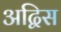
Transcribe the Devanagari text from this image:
अद्विस